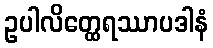
ဥပါလိတ္ထေရဿာပဒါနံ